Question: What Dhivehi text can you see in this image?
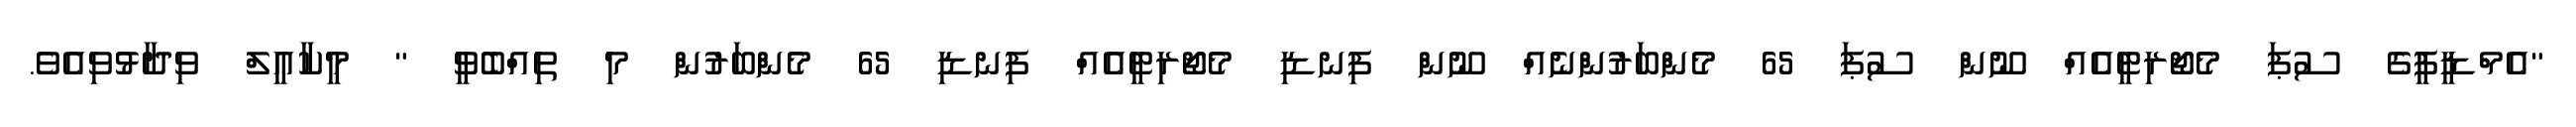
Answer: "އެމްޑީޕީގެ ސުޕަ މެޖޯރިޓީއެއް ނޫން ސުޕަ 65 މެންބަރުންނެއް ނޫން ފިނޑި މެޖޯރިޓީއެއް ފިނޑި 65 މެންބަރުން މި ތިއްބެވީ " މީކާއީލް ވިދާޅުވިއެވެ.